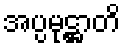
အပ္ပမုဋ္ဌာတိ